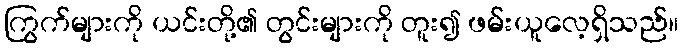
ကြွက်များကို ယင်းတို့၏ တွင်းများကို တူး၍ ဖမ်းယူလေ့ရှိသည်။